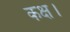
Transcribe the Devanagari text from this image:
कक्ष।